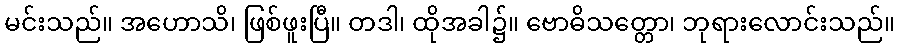
မင်းသည်။ အဟောသိ၊ ဖြစ်ဖူးပြီ။ တဒါ၊ ထိုအခါ၌။ ဗောဓိသတ္တော၊ ဘုရားလောင်းသည်။